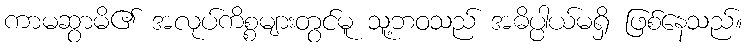
ကာမဆွာမိ၏ အလုပ်ကိစ္စများတွင်မူ သူ့ဘဝသည် အဓိပ္ပါယ်မရှိ ဖြစ်နေသည်။